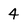
Character: 4